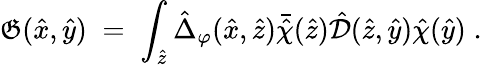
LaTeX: \mathfrak{G}({\hat{{x}}},{\hat{{y}}})\; =\; \int_{{\hat{{z}}}}{\hat{{\Delta}}}_{\varphi}({\hat{{x}}},\hat{{z}}){\bar{{\hat{{\chi}}}}}({\hat{{z}}}){\hat{{\mathcal{D}}}}({\hat{{z}}},{\hat{{y}}}){\hat{{\chi}}}({\hat{{y}}})\; .